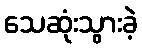
သေဆုံးသွားခဲ့